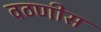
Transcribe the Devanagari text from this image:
वठणीस